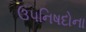
ઉપનિષદોના